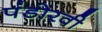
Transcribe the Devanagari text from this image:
पंडोरवी